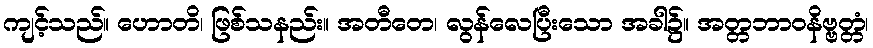
ကျင့်သည်။ ဟောတိ၊ ဖြစ်သနည်း။ အတီတေ၊ လွန်လေပြီးသော အခါ၌။ အတ္တဘာဝနိဗ္ဗတ္တံ၊